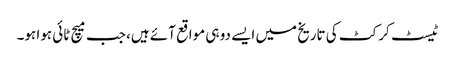
ٹیسٹ کرکٹ کی تاریخ میں ایسے دو ہی مواقع آئے ہیں، جب میچ ٹائی ہوا ہو۔